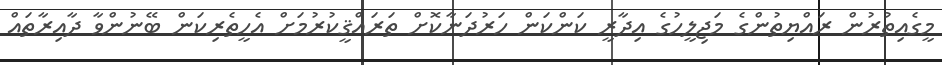
މީގެއިތުރުން ރައްޔިތުންގެ މަޖިލީހުގެ އިދާރީ ކަންކަން ހަރުދަނާކޮށް ތަރައްޤީކުރުމަށް އެހީތެރިކަން ބޭނުންވާ ދާއިރާތައް